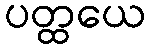
ပတ္ထယေ